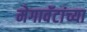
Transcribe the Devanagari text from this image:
मेगावॅटांच्या